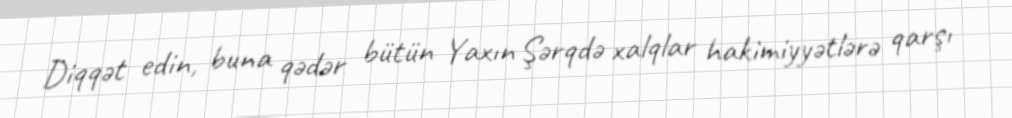
Diqqət edin, buna qədər bütün Yaxın Şərqdə xalqlar hakimiyyətlərə qarşı